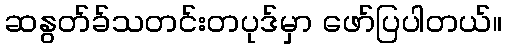
ဆနွတ်ခ်သတင်းတပုဒ်မှာ ဖော်ပြပါတယ်။